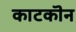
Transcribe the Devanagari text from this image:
काटकॊन